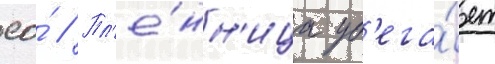
ео́ // Пл'е́нн'ица уб'ега́ет